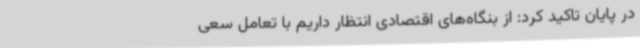
در پایان تاکید کرد: از بنگاه‌های اقتصادی انتظار داریم با تعامل سعی